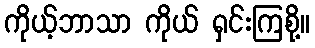
ကိုယ့်ဘာသာ ကိုယ် ရှင်းကြစို့။